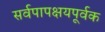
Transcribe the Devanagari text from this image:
सर्वपापक्षयपूर्वक